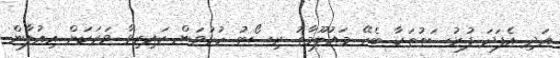
އަދި އެފަދަ ފުރުސަތުތަކާ ބެހޭ މައުލޫމާތު ރިސޯޓު ހުޅުވަން ކައިރިވާ ވަރަކަށް އިއުލާން